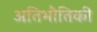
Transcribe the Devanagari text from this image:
अतिभौतिकी